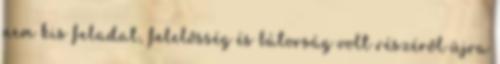
nem kis feladat, felelősség és bátorság volt részéről újra